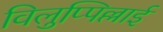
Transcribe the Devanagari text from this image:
विलुप्पिल्लाई